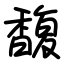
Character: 馥